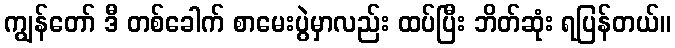
ကျွန်တော် ဒီ တစ်ခေါက် စာမေးပွဲမှာလည်း ထပ်ပြီး ဘိတ်ဆုံး ရပြန်တယ်။